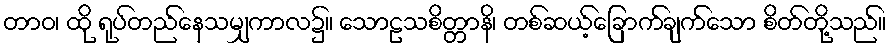
တာဝ၊ ထို ရုပ်တည်နေသမျှကာလ၌။ သောဠသစိတ္တာနိ၊ တစ်ဆယ့်ခြောက်ချက်သော စိတ်တို့သည်။